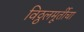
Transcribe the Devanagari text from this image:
विठ्ठलमूर्तीचा